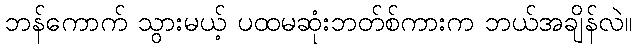
ဘန်ကောက် သွားမယ့် ပထမဆုံးဘတ်စ်ကားက ဘယ်အချိန်လဲ။